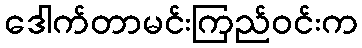
ဒေါက်တာမင်းကြည်ဝင်းက